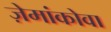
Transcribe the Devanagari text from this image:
ज़ेमांकोवा